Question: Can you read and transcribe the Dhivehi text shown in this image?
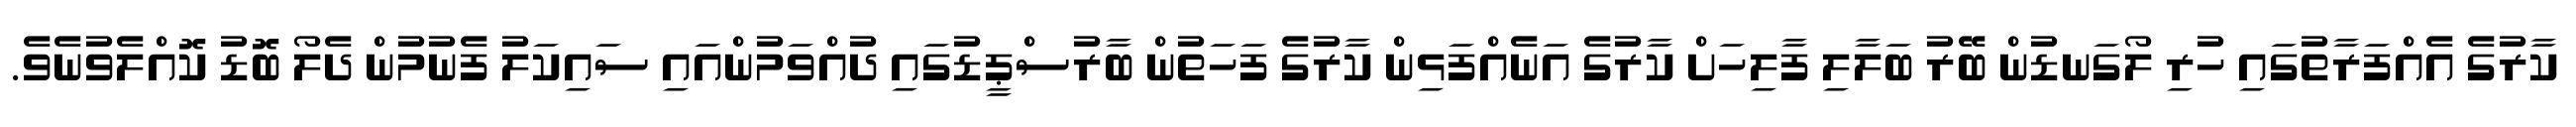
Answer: ކާރުގެ އެއްފަރާތުގައި ހުރި ލޯގަނޑުން ބޭރު ބަލާލި ފާލިހަށް ކާރުގެ އަނެއްފަޅިން ކާރުގެ ފަހަތުން ބާރުސްޕީޑުގައި ދުއްވަމުންއައި ސައިކަލު ފެނުމުން ދެލޯ ބޮޑު ކޮއްލެވުނެވެ.